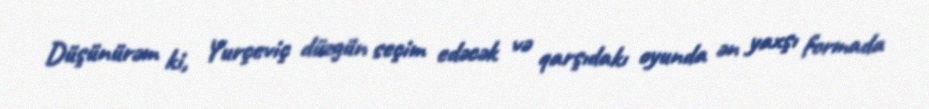
Düşünürəm ki, Yurçeviç düzgün seçim edəcək və qarşıdakı oyunda ən yaxşı formada